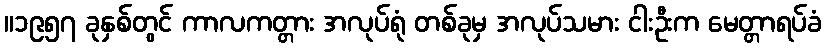
။၁၉၅၇ ခုနှစ်တွင် ကာလကတ္တား အလုပ်ရုံ တစ်ခုမှ အလုပ်သမား ငါးဦးက မေတ္တာရပ်ခံ